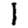
Digit: 1